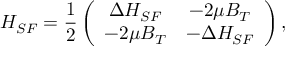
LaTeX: H _ { S F } = \frac { 1 } { 2 } \left( \begin{array} { c c } { { \Delta H _ { S F } } } & { { - 2 \mu B _ { T } } } \\ { { - 2 \mu B _ { T } } } & { { - \Delta H _ { S F } } } \end{array} \right) ,